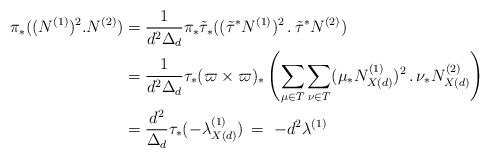
LaTeX: \begin{align*}\pi_*((N^{(1)})^2. N^{(2)}) &= \frac1{d^2 \Delta_d} \pi_* \tilde\tau_*((\tilde\tau^*N^{(1)})^2\,.\, \tilde\tau^*N^{(2)}) \\& = \frac1{d^2 \Delta_d} \tau_* (\varpi \times \varpi)_*\left(\sum_{\mu \in T} \sum_{\nu \in T} (\mu_* N_{X(d)}^{(1)})^2 \,. \,\nu_* N_{X(d)}^{(2)} \right) \\&= \frac{d^2}{\Delta_d} \tau_* (-\lambda^{(1)}_{X(d)}) \, = \, \, - d^2\lambda^{(1)}\end{align*}